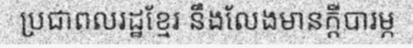
ប្រជាពលរដ្ឋខ្មែរ នឹងលែងមានក្តីបារម្ភ